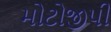
મોટોજીપી